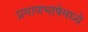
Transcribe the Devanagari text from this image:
प्रमाणभाषेमध्ये